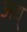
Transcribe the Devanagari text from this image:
अध्